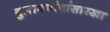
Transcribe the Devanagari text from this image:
गुलाबजांबांसारखा